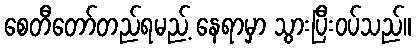
စေတီတော်တည်ရမည့် နေရာမှာ သွားပြီးဝပ်သည်။